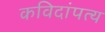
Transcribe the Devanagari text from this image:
कविदांपत्य